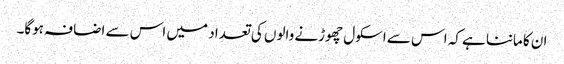
ان کا ماننا ہے کہ اس سے اسکول چھوڑنے والوں کی تعداد میں اس سے اضافہ ہوگا۔